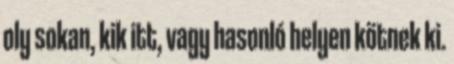
oly sokan, kik itt, vagy hasonló helyen kötnek ki.